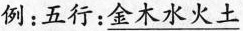
例：五行：\underline{金木水火土}